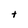
Character: t